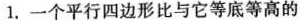
1.一个平行四边形比与它等底等高的